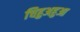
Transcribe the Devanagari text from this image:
चिहुअहुआ